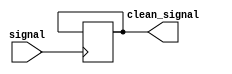
module Schmitt_trigger_inverter(input signal, output reg clean_signal);

reg previous_signal;

parameter THRESHOLD_HIGH = 1'b1; //logic high threshold
parameter THRESHOLD_LOW = 1'b0; //logic low threshold

always @(posedge signal) begin
  if(signal == THRESHOLD_HIGH && previous_signal == THRESHOLD_LOW)
    clean_signal <= 1'b1;
  else if(signal == THRESHOLD_LOW && previous_signal == THRESHOLD_HIGH)
    clean_signal <= 1'b0;
end

always @(signal) begin
  previous_signal <= signal;
end

endmodule